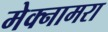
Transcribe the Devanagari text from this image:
मेक्नामरा